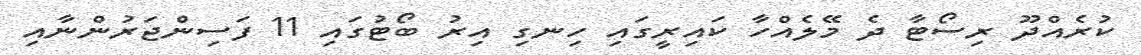
ކުރެއްދޫ ރިސޯޓާ ދެ މޭލެއްހާ ކައިރީގައި ހިނގި އިރު ބޯޓުގައި 11 ފަސިންޖަރުންނާއި